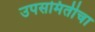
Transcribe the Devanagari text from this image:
उपसमितीचा